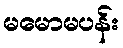
မမောမပန်း